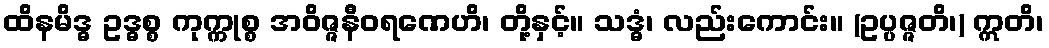
ထိနမိဒ္ဓ ဥဒ္ဓစ္စ ကုက္ကုစ္စ အဝိဇ္ဇနီဝရဏေဟိ၊ တို့နှင့်။ သဒ္ဓံ၊ လည်းကောင်း။ (ဥပ္ပဇ္ဇတိ၊) ဣတိ၊